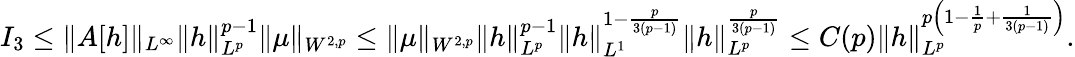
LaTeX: I_{3}\le\| A[h]\| _{L^{\infty}}\| h\| _{L^{p}}^{p-1}\| \mu\| _{W^{2,p}}\leq\| \mu\| _{W^{2,p}}\| h\| _{L^{p}}^{p-1}\| h\| _{L^{1}}^{1-\frac{p}{3(p-1)}}\| h\| _{L^{p}}^{\frac{p}{3(p-1)}}\le C(p)\| h\| _{L^{p}}^{p\left(1-\frac{1}{p}+\frac{1}{3(p-1)}\right)}.